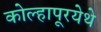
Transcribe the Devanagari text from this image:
कोल्हापूरयेथे